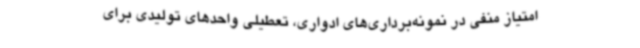
امتیاز منفی در نمونه‌برداری‌های ادواری، تعطیلی‌ واحدهای ‌تولیدی برای